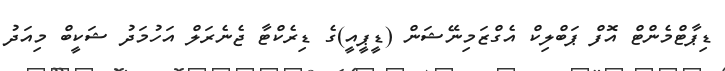
ޑިޕާޓްމެންޓް އޮފް ޕަބްލިކް އެގްޒަމިނޭޝަން (ޑީޕީއީ)ގެ ޑިރެކްޓާ ޖެނެރަލް އަހުމަދު ޝަކީބް މިއަދު